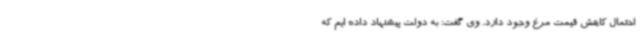
احتمال کاهش قیمت مرغ وجود دارد. وی گفت: به دولت پیشنهاد داده ایم که